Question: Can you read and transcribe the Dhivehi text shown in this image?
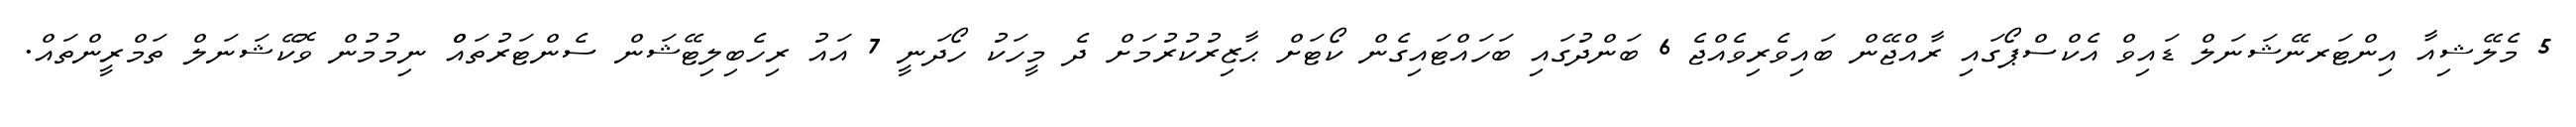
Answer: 5 މެލޭޝިއާ އިންޓަރނޭޝަނަލް ޑައިވް އެކްސްޕޯގައި ރާއްޖޭން ބައިވެރިވެއްޖެ 6 ބަންދުގައި ބަހައްޓައިގެން ކޯޓަށް ޙާޒިރުކުރުމަށް ދެ މީހަކު ހޯދަނީ 7 އައު ރިހެބިލިޓޭޝަން ސެންޓަރުތައްް ނިމުމުން ވޮކޭޝަނަލް ތަމްރީންތައް.